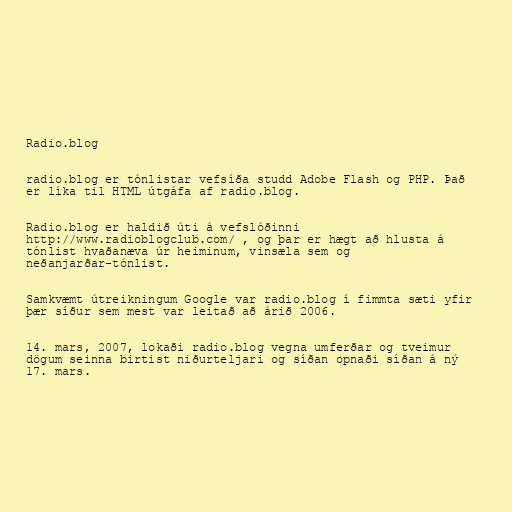
Radio.blog

radio.blog er tónlistar vefsíða studd Adobe Flash og PHP. Það
er líka til HTML útgáfa af radio.blog.

Radio.blog er haldið úti á vefslóðinni
http://www.radioblogclub.com/ , og þar er hægt að hlusta á
tónlist hvaðanæva úr heiminum, vinsæla sem og
neðanjarðar-tónlist.

Samkvæmt útreikningum Google var radio.blog í fimmta sæti yfir
þær síður sem mest var leitað að árið 2006.

14. mars, 2007, lokaði radio.blog vegna umferðar og tveimur
dögum seinna birtist niðurteljari og síðan opnaði síðan á ný
17. mars.